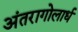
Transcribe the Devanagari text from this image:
अंतरागोलार्ध